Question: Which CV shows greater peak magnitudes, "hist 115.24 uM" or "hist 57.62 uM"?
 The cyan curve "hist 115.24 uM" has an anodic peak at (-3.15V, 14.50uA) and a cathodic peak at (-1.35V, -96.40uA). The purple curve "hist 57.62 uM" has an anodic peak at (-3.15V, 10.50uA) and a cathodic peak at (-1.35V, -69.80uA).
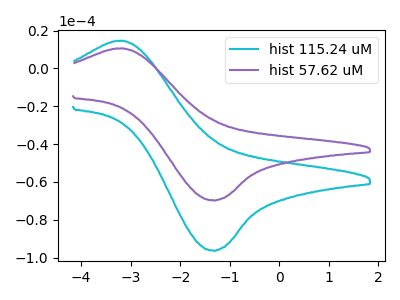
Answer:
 <answer>Every peak in "hist 115.24 uM" is higher than every peak in "hist 57.62 uM".</answer>
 <eval>higher</eval>